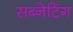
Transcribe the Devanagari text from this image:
सब्नेटिंग